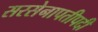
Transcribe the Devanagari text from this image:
सरसेनापतीपदी